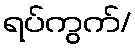
ရပ်ကွက်/